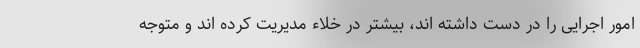
امور اجرایی را در دست داشته اند، بیشتر در خلاء مدیریت کرده اند و متوجه